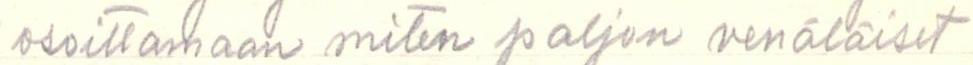
osoittamaan miten paljon venäläiset